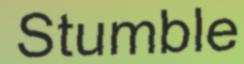
Stumble